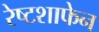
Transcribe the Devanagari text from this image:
रेष्टशाफेन